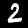
Digit: 2